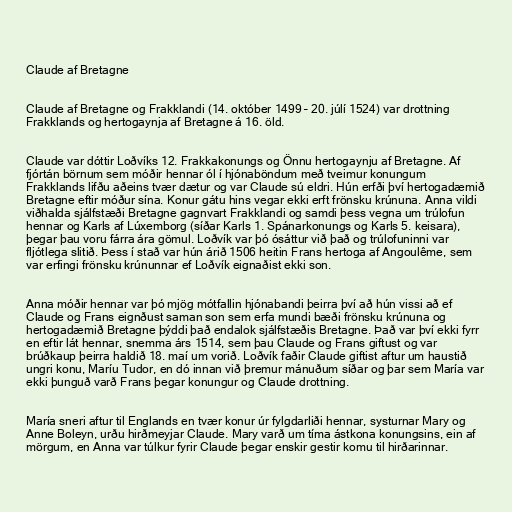
Claude af Bretagne

Claude af Bretagne og Frakklandi (14. október 1499 – 20. júlí 1524) var drottning
Frakklands og hertogaynja af Bretagne á 16. öld.

Claude var dóttir Loðvíks 12. Frakkakonungs og Önnu hertogaynju af Bretagne. Af
fjórtán börnum sem móðir hennar ól í hjónaböndum með tveimur konungum
Frakklands lifðu aðeins tvær dætur og var Claude sú eldri. Hún erfði því hertogadæmið
Bretagne eftir móður sína. Konur gátu hins vegar ekki erft frönsku krúnuna. Anna vildi
viðhalda sjálfstæði Bretagne gagnvart Frakklandi og samdi þess vegna um trúlofun
hennar og Karls af Lúxemborg (síðar Karls 1. Spánarkonungs og Karls 5. keisara),
þegar þau voru fárra ára gömul. Loðvík var þó ósáttur við það og trúlofuninni var
fljótlega slitið. Þess í stað var hún árið 1506 heitin Frans hertoga af Angoulême, sem
var erfingi frönsku krúnunnar ef Loðvík eignaðist ekki son.

Anna móðir hennar var þó mjög mótfallin hjónabandi þeirra því að hún vissi að ef
Claude og Frans eignðust saman son sem erfa mundi bæði frönsku krúnuna og
hertogadæmið Bretagne þýddi það endalok sjálfstæðis Bretagne. Það var því ekki fyrr
en eftir lát hennar, snemma árs 1514, sem þau Claude og Frans giftust og var
brúðkaup þeirra haldið 18. maí um vorið. Loðvík faðir Claude giftist aftur um haustið
ungri konu, Maríu Tudor, en dó innan við þremur mánuðum síðar og þar sem María var
ekki þunguð varð Frans þegar konungur og Claude drottning.

María sneri aftur til Englands en tvær konur úr fylgdarliði hennar, systurnar Mary og
Anne Boleyn, urðu hirðmeyjar Claude. Mary varð um tíma ástkona konungsins, ein af
mörgum, en Anna var túlkur fyrir Claude þegar enskir gestir komu til hirðarinnar.